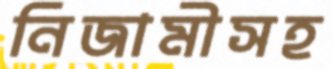
নিজামীসহ